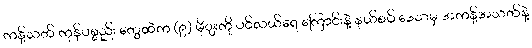
ကန့်သတ် ကုန်ပစ္စည်း တွေထဲက (၉) မိုျးကို ပင်လယ်ရေ ကြောင်းနဲ့ နယ်စပ် ဒေသမှ အကန့်အသတ်နဲ့